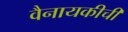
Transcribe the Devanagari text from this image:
वैनायकीची